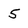
Character: 5